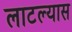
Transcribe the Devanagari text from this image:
लाटल्यास